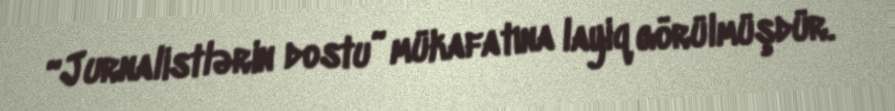
“Jurnalistlərin dostu” mükafatına layiq görülmüşdür.